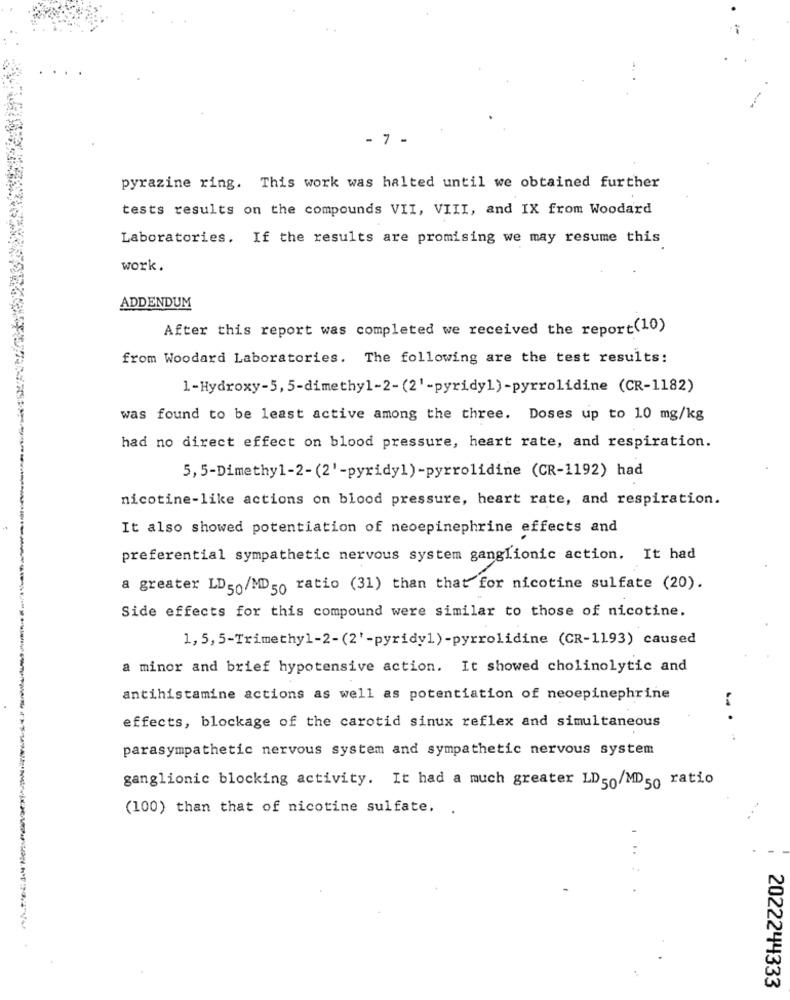
- 7 -
pyrazine ring. This work was halted until we obtained further
tests results on the compounds VII, VIII, and IX from Woodard
Laboratories. If the results are promising we may resume this
work.
ADDENDUM
After this report was completed we received the report(10)
from Woodard Laboratories. The following are the test results:
1-Hydroxy-5, 5-dimethyl-2-(2'-pyridy1)-pyrrolidine (CR-1182)
was found to be least active among the three. Doses up to 10 mg/kg
had no direct effect on blood pressure, heart rate, and respiration.
5, 5-Dimethy1-2-(2'-pyridy1)-pyrrolidine (CR-1192) had
nicotine-like actions on blood pressure, heart rate, and respiration.
It also showed potentiation of neoepinephrine effects and
preferential sympathetic nervous system ganglionic action. It had
a greater LD50/MD50 ratio (31) than that for nicotine sulfate (20).
Side effects for this compound were similar to those of nicotine.
1, 5, 5-Trimethyl-2-(2'-pyridy1)-pyrrolidine (CR-1193) caused
a minor and brief hypotensive action. It showed cholinolytic and
antihistamine actions as well as potentiation of neoepinephrine
effects, blockage of the carotid sinux reflex and simultaneous
parasympathetic nervous system and sympathetic nervous system
ganglionic blocking activity. It had a much greater LD50/MD50 ratio
(100) than that of nicotine sulfate. .
2022244333